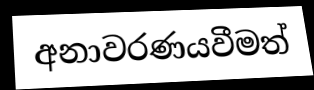
අනාවරණයවීමත්